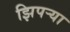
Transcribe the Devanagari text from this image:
झिपऱ्या